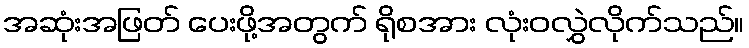
အဆုံးအဖြတ် ပေးဖို့အတွက် ရိုစအား လုံးဝလွှဲလိုက်သည်။